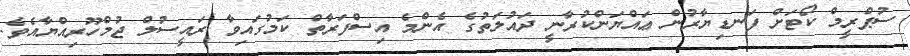
ސުޕްރީމް ކޯޓަށް ފަނޑިޔާރުން ޢައްޔަންކުރާނީ ދައުލަތުގެ އެންމެ އިސްފަރާތް ކަމުގައިވާ ރައީސުލް ޖުމްހޫރިއްޔާއެވެ.